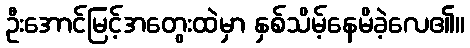
ဦးအောင်မြင့်အတွေးထဲမှာ နှစ်သိမ့်နေမိခဲ့လေ၏။